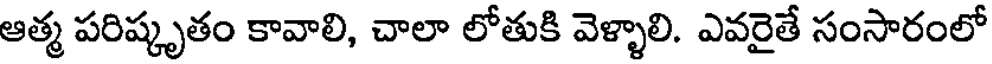
ఆత్మ పరిష్కృతం కావాలి, చాలా లోతుకి వెళ్ళాలి. ఎవరైతే సంసారంలో